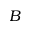
B